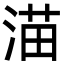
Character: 渵